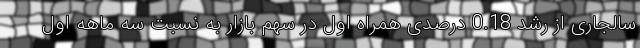
سالجاری از رشد 0.18 درصدی همراه اول در سهم بازار به نسبت سه ماهه اول